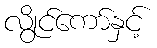
လွိုင်ကော်နှင့်